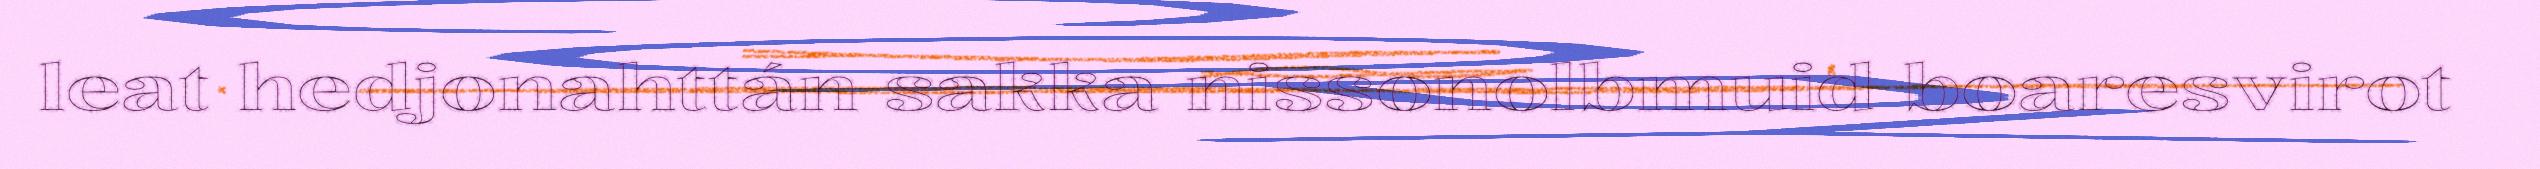
leat hedjonahttán sakka nissonolbmuid boaresvirot